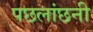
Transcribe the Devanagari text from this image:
पछलांछनी